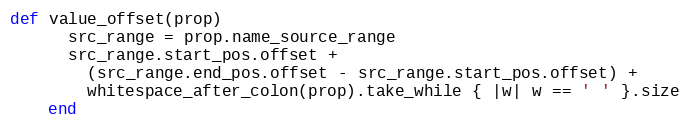
Language: Ruby
def value_offset(prop)
      src_range = prop.name_source_range
      src_range.start_pos.offset +
        (src_range.end_pos.offset - src_range.start_pos.offset) +
        whitespace_after_colon(prop).take_while { |w| w == ' ' }.size
    end